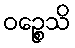
ဝဉ္စေသိ